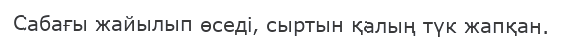
Сабағы жайылып өседі, сыртын қалың түк жапқан.